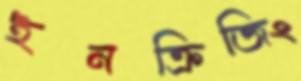
ইনক্রিজিং